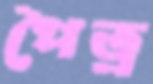
পৈত্র